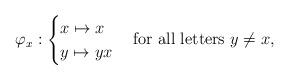
LaTeX: \begin{align*}\varphi_x: \begin{cases} x \mapsto x \\ y \mapsto yx \end{cases} \mbox{for all letters $y \ne x$}, \end{align*}